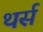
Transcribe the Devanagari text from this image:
थर्स